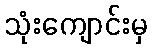
သုံးကျောင်းမှ